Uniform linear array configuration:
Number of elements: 4
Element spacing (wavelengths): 0.75
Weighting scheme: hamming
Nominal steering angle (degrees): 30
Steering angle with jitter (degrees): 31.784
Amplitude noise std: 0.05
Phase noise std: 0.05

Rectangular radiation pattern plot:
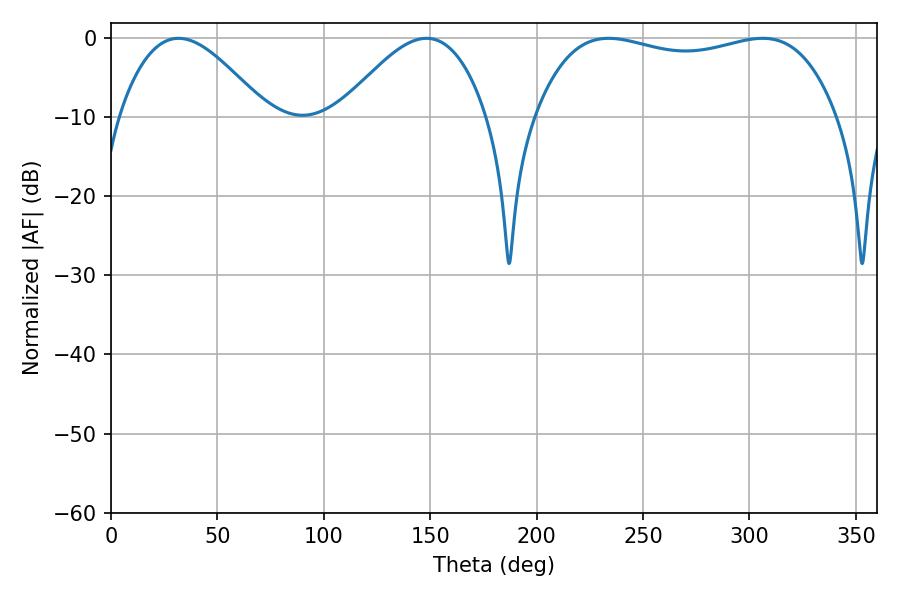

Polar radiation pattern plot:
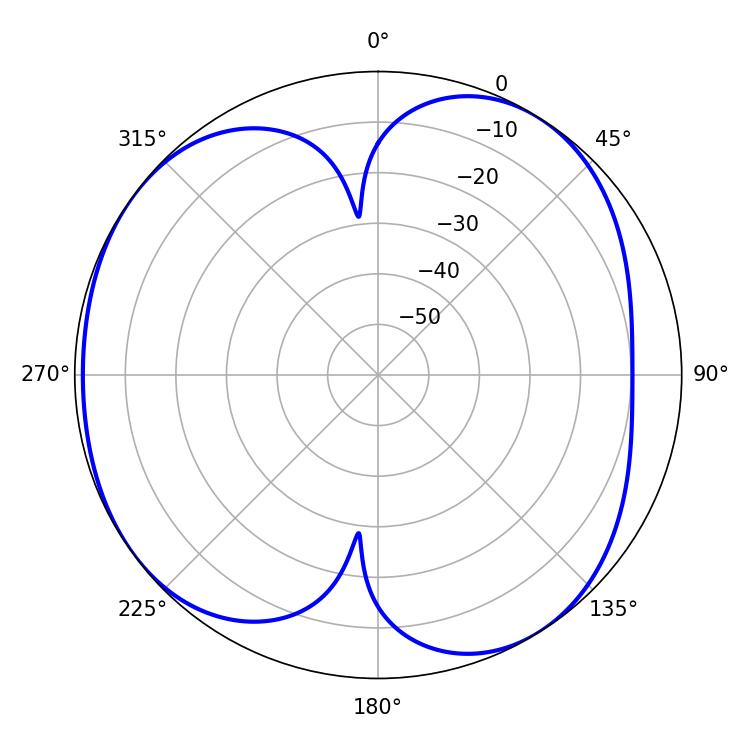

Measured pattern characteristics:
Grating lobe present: TRUE
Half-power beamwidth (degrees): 114.48
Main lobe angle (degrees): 233.82